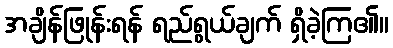
အချိန်ဖြုန်းရန် ရည်ရွယ်ချက် ရှိခဲ့ကြ၏။